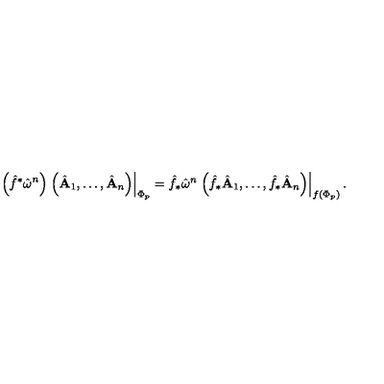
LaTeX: \left( \hat { f } ^ { * } \hat { \bf \omega } ^ { n } \right) \left. \left( \hat { \bf A } _ { 1 } , \ldots , \hat { \bf A } _ { n } \right) \right| _ { \Phi _ { p } } = \hat { f } _ { * } \hat { \bf \omega } ^ { n } \left. \left( \hat { f } _ { * } \hat { \bf A } _ { 1 } , \ldots , \hat { f } _ { * } \hat { \bf A } _ { n } \right) \right| _ { f \left( \Phi _ { p } \right) } .